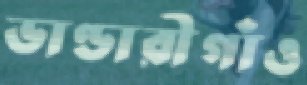
ভাণ্ডারীগাঁও